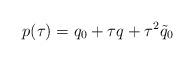
LaTeX: \begin{align*}p(\tau) = q_0 + \tau q + \tau^2 \tilde{q}_{0}\end{align*}